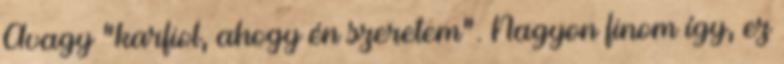
Avagy "karfiol, ahogy én szeretem". Nagyon finom így, ez